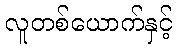
လူတစ်ယောက်နှင့်